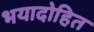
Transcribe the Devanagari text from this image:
भयादोहित